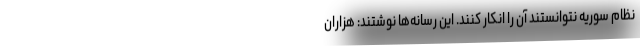
نظام سوریه نتوانستند آن را انکار کنند. این رسانه‌ها نوشتند: هزاران